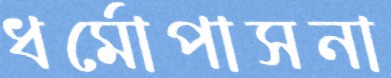
ধর্মোপাসনা